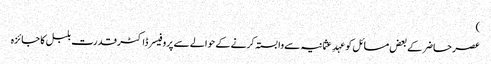
)
عصر حاضر کے بعض مسائل کو عہدِ عثمانیہ سے وابستہ کرنے کے حوالے سے پروفیسر ڈاکٹر قدرت بلبل کا جائزہ